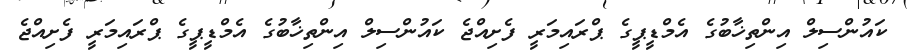
ކައުންސިލް އިންތިޚާބުގެ އެމްޑީޕީގެ ޕްރައިމަރީ ފެށިއްޖެ ކައުންސިލް އިންތިޚާބުގެ އެމްޑީޕީގެ ޕްރައިމަރީ ފެށިއްޖެ